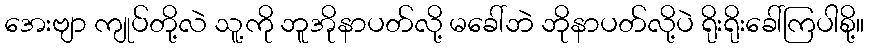
အေးဗျာ ကျုပ်တို့လဲ သူ့ကို ဘူအိုနာပတ်လို့ မခေါ်ဘဲ ဘိုနာပတ်လို့ပဲ ရိုးရိုးခေါ်ကြပါစို့။